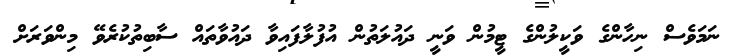
ނަމަވެސް ނިހާންގެ ވަކީލުންގެ ޓީމުން ވަނީ ދައުލަތުން އުފުލާފައިވާ ދައުވާތައް ސާބިތުކުރެވޭ މިންވަރަށް